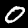
Digit: 0